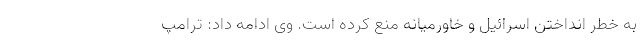
به خطر انداختن اسرائیل و خاورمیانه منع کرده است. وی ادامه داد: ترامپ